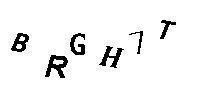
BRGH7T